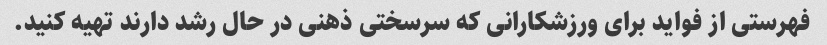
فهرستی از فواید برای ورزشکارانی که سرسختی ذهنی در حال رشد دارند تهیه کنید.